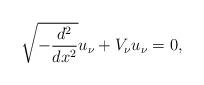
LaTeX: \begin{align*} \sqrt{-\frac{d^2}{dx^2}}u_\nu + V_\nu u_\nu = 0, \end{align*}